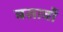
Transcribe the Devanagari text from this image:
बसावों